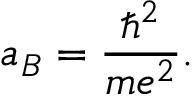
a _ { B } = \frac { \hbar ^ { 2 } } { m e ^ { 2 } } .